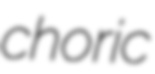
choric